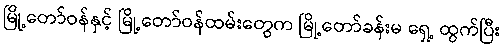
မြို့တော်ဝန်နှင့် မြို့တော်ဝန်ထမ်းတွေက မြို့တော်ခန်းမ ရှေ့ ထွက်ပြီး